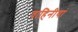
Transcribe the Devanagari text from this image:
वाहिनीयां